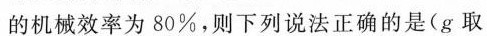
的机械效率为80%，则下列说法正确的是(g取